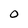
Character: O